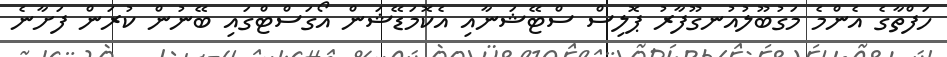
ހަފްތާގެ އެންމެ މަގުބޫލުއުނގޫފާރު ޕޮލިސް ސްޓޭޝަނާއި އެކޮމަޑޭޝަން އޯގަސްޓްގައި ބޭނުން ކުރަން ފަށާނެ